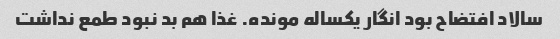
سالاد افتضاح بود انگار یکساله مونده. غذا هم بد نبود طمع نداشت